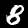
Digit: 8